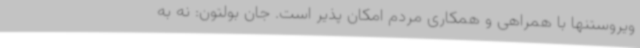
ویروستنها با همراهی و همکاری مردم امکان پذیر است. جان بولتون: نه به